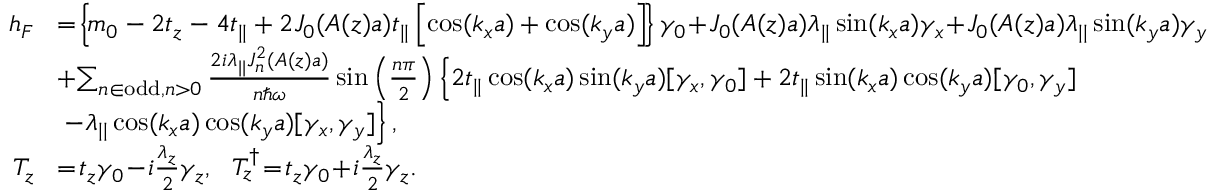
\begin{array} { r l } { h _ { F } } & { \! = \! \left\{ \! m _ { 0 } - 2 t _ { z } - 4 t _ { | | } + 2 { \cal J } _ { 0 } ( A ( z ) a ) t _ { | | } \left[ \cos ( k _ { x } a ) + \cos ( k _ { y } a ) \right] \! \right\} \gamma _ { 0 } \! + \! { \cal J } _ { 0 } ( A ( z ) a ) \lambda _ { | | } \sin ( k _ { x } a ) \gamma _ { x } \! + \! { \cal J } _ { 0 } ( A ( z ) a ) \lambda _ { | | } \sin ( k _ { y } a ) \gamma _ { y } } \\ & { \! + \! \sum _ { n \in \mathrm { o d d } , n > 0 } \frac { 2 i \lambda _ { | | } { \cal J } _ { n } ^ { 2 } ( A ( z ) a ) } { n \hbar \omega } \sin \left( \frac { n \pi } { 2 } \right) \left\{ 2 t _ { | | } \cos ( k _ { x } a ) \sin ( k _ { y } a ) [ \gamma _ { x } , \gamma _ { 0 } ] + 2 t _ { | | } \sin ( k _ { x } a ) \cos ( k _ { y } a ) [ \gamma _ { 0 } , \gamma _ { y } ] \right. } \\ & { \left. - \lambda _ { | | } \cos ( k _ { x } a ) \cos ( k _ { y } a ) [ \gamma _ { x } , \gamma _ { y } ] \right\} , } \\ { T _ { z } } & { \! = \! t _ { z } \gamma _ { 0 } \! - \! i \frac { \lambda _ { z } } { 2 } \gamma _ { z } , ~ ~ T _ { z } ^ { \dagger } \! = \! t _ { z } \gamma _ { 0 } \! + \! i \frac { \lambda _ { z } } { 2 } \gamma _ { z } . } \end{array}